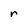
Character: r